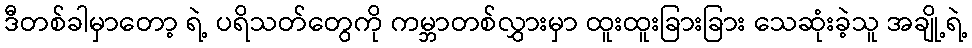
ဒီတစ်ခါမှာတော့ ရဲ့ ပရိသတ်တွေကို ကမ္ဘာတစ်လွှားမှာ ထူးထူးခြားခြား သေဆုံးခဲ့သူ အချို့ရဲ့